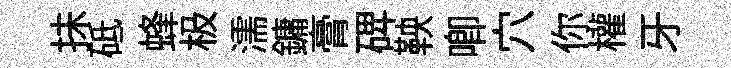
抺砥蜂极濡鏞膏𥓓鞅唧穴你權牙